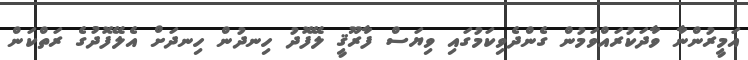
އަމީރުންނާ ވާދަކުރައްވަމުން ގެންދެވިކަމުގައި ވިޔަސް ފާރޫޤީ ލޭފޮދު ހިނދުން ހިނދަށް އެލޭފޮދުގެ ރަތްކަން